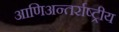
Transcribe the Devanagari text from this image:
आणिअन्तर्राष्ट्रीय